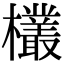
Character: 欉